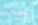
عليك